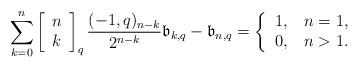
LaTeX: \begin{align*}{\displaystyle\sum\limits_{k=0}^{n}}\left[\begin{array}[c]{c}n\\k\end{array}\right] _{q}\frac{(-1,q)_{n-k}}{2^{n-k}}\mathfrak{b}_{k,q}-\mathfrak{b}_{n,q}=\left\{\begin{tabular}[c]{ll}$1,$ & $n=1,$\\$0,$ & $n>1.$\end{tabular}\ \ \ \ \ \ \ \ \ \ \ \right. \end{align*}